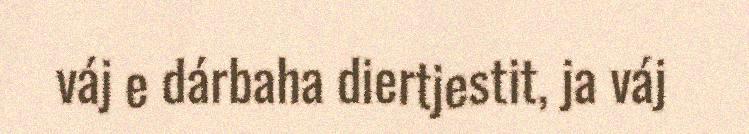
váj e dárbaha diertjestit, ja váj